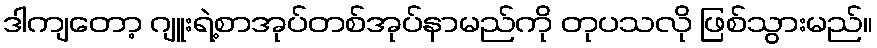
ဒါကျတော့ ဂျူးရဲ့စာအုပ်တစ်အုပ်နာမည်ကို တုပသလို ဖြစ်သွားမည်။